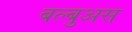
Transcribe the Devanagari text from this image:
बल्बुअस